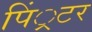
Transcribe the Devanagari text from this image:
पिं्रटर